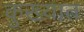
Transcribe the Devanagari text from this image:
कुख्‍यात